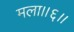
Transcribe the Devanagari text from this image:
मला।।६।।